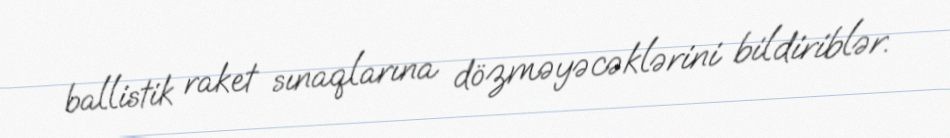
ballistik raket sınaqlarına dözməyəcəklərini bildiriblər.